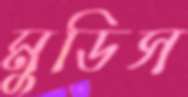
মুডিস